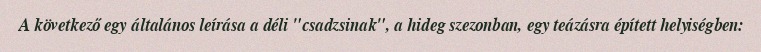
A következő egy általános leírása a déli "csadzsinak", a hideg szezonban, egy teázásra épített helyiségben: